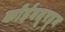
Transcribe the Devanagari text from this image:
कोईंबतूरहून